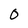
Character: 0